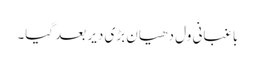
باغبانی ول دھیان بڑی دیر بعد گیا۔